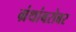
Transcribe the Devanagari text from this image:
ग्रंथांबरोबर